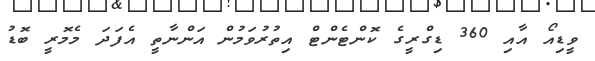
ވީޑިއޯ އާއި 360 ޑިގްރީގެ ކޮންޓެންޓް އިތުރުވަމުން އަންނާތީ އެފަދަ މެމޮރީ ބޮޑު